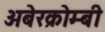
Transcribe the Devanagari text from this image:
अबेरक्रोम्बी